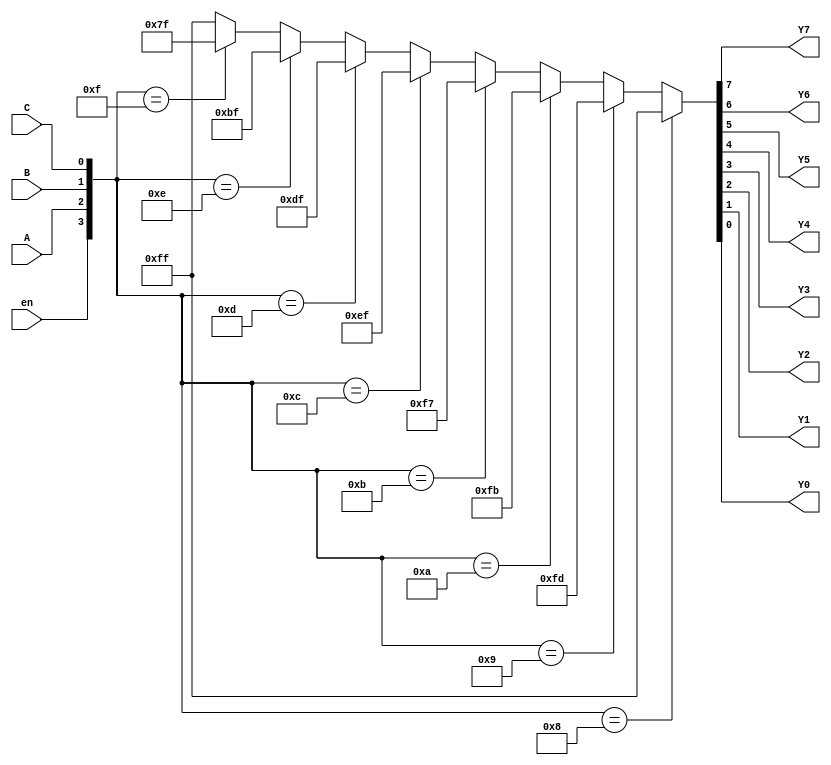
/******************************************************************
 *
 * Module of a 3 to 8 Decoder with an active high enable input and
 * and active low outputs. This model uses a trinary continuous 
 * assignment statement for the combinational logic
 *******************************************************************/
//*****************************************************************
  module decoder_3to8(Y7, Y6, Y5, Y4, Y3, Y2, Y1, Y0, A, B, C, en);
//*****************************************************************
     output Y7, Y6, Y5, Y4, Y3, Y2, Y1, Y0;
     input  A, B, C;
     input  en;
     assign {Y7,Y6,Y5,Y4,Y3,Y2,Y1,Y0} = ( {en,A,B,C} == 4'b1000) ? 8'b1111_1111 :
                                        ( {en,A,B,C} == 4'b1001) ? 8'b1111_1101 :
                                        ( {en,A,B,C} == 4'b1010) ? 8'b1111_1011 :
                                        ( {en,A,B,C} == 4'b1011) ? 8'b1111_0111 :
                                        ( {en,A,B,C} == 4'b1100) ? 8'b1110_1111 :
                                        ( {en,A,B,C} == 4'b1101) ? 8'b1101_1111 :
                                        ( {en,A,B,C} == 4'b1110) ? 8'b1011_1111 :
                                        ( {en,A,B,C} == 4'b1111) ? 8'b0111_1111 :
                                                                   8'b1111_1111;
  endmodule